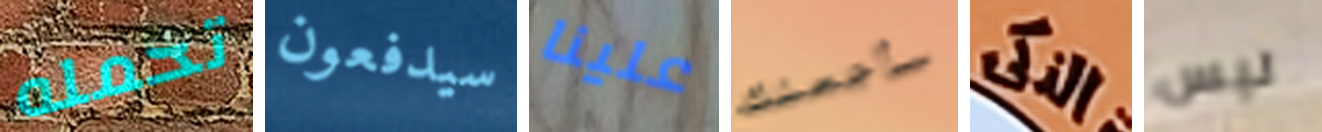
تحمله سيدفعون علينا سأجعلك الذكى ليس